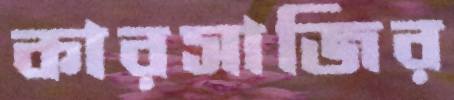
কারসাজির